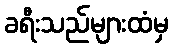
ခရီးသည်များထံမှ